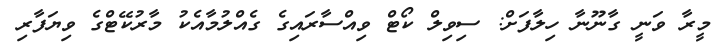
މީރާ ވަނީ ގާނޫނާ ހިލާފަށް: ސިވިލް ކޯޓް ވިއްސާރައިގެ ގެއްލުމާއެކު މާރުކޭޓްގެ ވިޔަފާރި